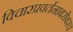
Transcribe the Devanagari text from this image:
विचारप्रवर्तनाबरोबरच